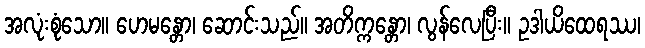
အလုံးစုံသော။ ဟေမန္တော၊ ဆောင်းသည်။ အတိက္ကန္တော၊ လွန်လေပြီး။ ဥဒါယိထေရဿ၊